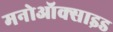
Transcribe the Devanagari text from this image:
मनोऑक्‍साइड